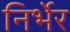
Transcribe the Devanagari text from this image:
निर्भेर